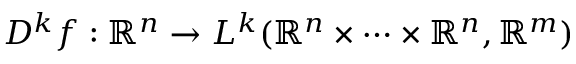
D ^ { k } f : \mathbb { R } ^ { n } \to L ^ { k } ( \mathbb { R } ^ { n } \times \cdots \times \mathbb { R } ^ { n } , \mathbb { R } ^ { m } )